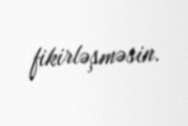
fikirləşməsin.